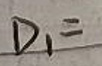
$D_{1}=$